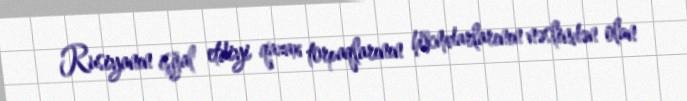
Rusiyanın işğal etdiyi qazax torpaqlarının hökmdarlarının nəslindən olan